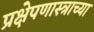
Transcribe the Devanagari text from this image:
प्रक्षेपणास्त्राच्या